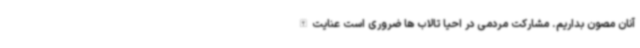
آنان مصون بداریم. مشارکت مردمی در احیا تالاب ها ضروری است عنایت‌الله